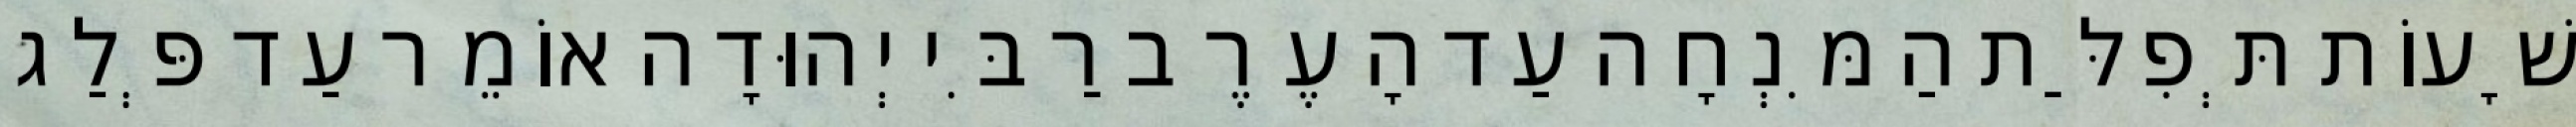
שָׁעוֹת תְּפִלַּת הַמִּנְחָה עַד הָעֶרֶב רַבִּי יְהוּדָה אוֹמֵר עַד פְּלַג